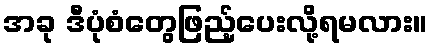
အခု ဒီပုံစံတွေဖြည့်ပေးလို့ရမလား။